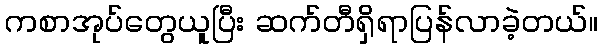
ကစာအုပ်တွေယူပြီး ဆက်တီရှိရာပြန်လာခဲ့တယ်။